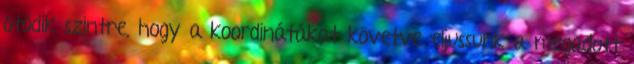
ötödik szintre, hogy a koordinátákat követve eljussunk a megadott